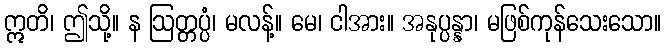
ဣတိ၊ ဤသို့။ န ဩတ္တပ္ပံ၊ မလန့်။ မေ၊ ငါအား။ အနုပ္ပန္နာ၊ မဖြစ်ကုန်သေးသော။